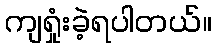
ကျရှုံးခဲ့ရပါတယ်။